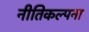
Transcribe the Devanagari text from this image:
नीतिकल्पना